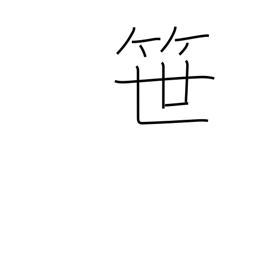
Meaning: bamboo grass